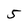
Character: 5